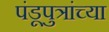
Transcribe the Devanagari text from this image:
पंडूपुत्रांच्या